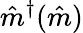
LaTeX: \hat{m}^{\dagger}(\hat{m})